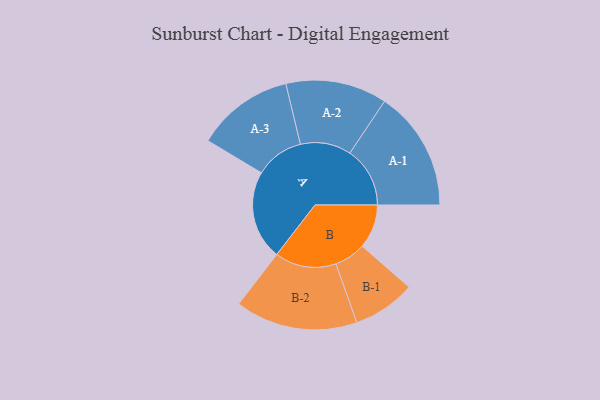
{"axis": {"x": "Segment", "y": "Value"}, "legend": ["", "A", "B"], "data": [{"x": "A", "y": 304, "type": ""}, {"x": "B", "y": 150, "type": ""}, {"x": "A-1", "y": 205, "type": "A"}, {"x": "A-2", "y": 173, "type": "A"}, {"x": "A-3", "y": 166, "type": "A"}, {"x": "B-1", "y": 107, "type": "B"}, {"x": "B-2", "y": 209, "type": "B"}]}